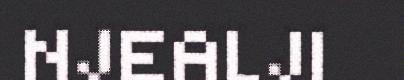
NJEALJI